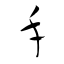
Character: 手